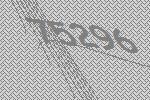
75296